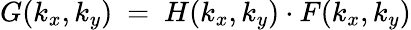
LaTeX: G(k_{x},k_{y})~=~H(k_{x},k_{y})\cdot F(k_{x},k_{y})